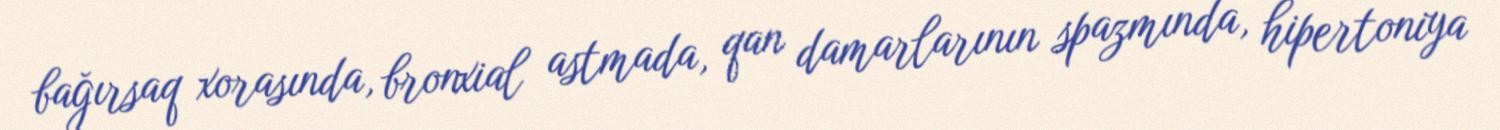
bağırsaq xorasında, bronxial astmada, qan damarlarının spazmında, hipertoniya